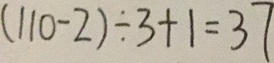
( 1 1 0 - 2 ) \div 3 + 1 = 3 7